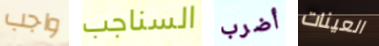
واجب السناجب أضرب العينات